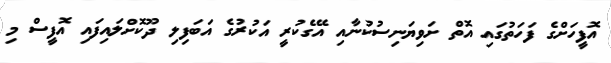
އޮފީހަށްގެ ފަހަތުގައި އޮތް ށަވިޔަނިސުކުނާއި އޭގެކުރީ އަކުރުގެ އަބަފިލި ދޫކޮށްލައިފައި އޮފީސް މި